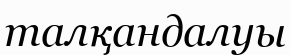
талқандалуы